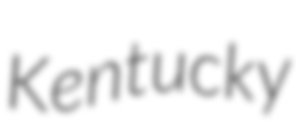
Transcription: Kentucky